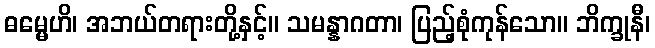
ဓမ္မေဟိ၊ အဘယ်တရားတို့နှင့်။ သမန္နာဂတာ၊ ပြည့်စုံကုန်သော။ ဘိက္ခုနီ၊